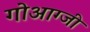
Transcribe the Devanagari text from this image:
गोआग्जी